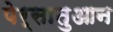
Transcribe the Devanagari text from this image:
पेर्सातुआन